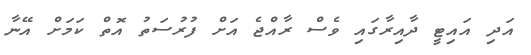
އަދި އައިޓީ ދާއިރާގައި ވެސް ރާއްޖެ އަށް ފުރުސަތު އޮތް ކަމަށް އޭނާ